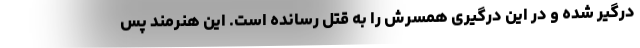
درگیر شده و در این درگیری همسرش را به قتل رسانده است. این هنرمند پس